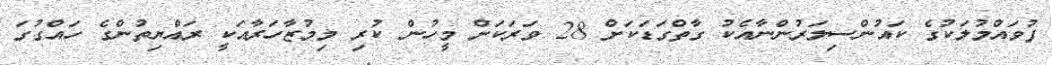
ފުވައްމުލަކުގެ ކައުންސިލަރުންނާއެކު ގާތްގަޑަކަށް 28 ވަރަކަށް މީހުން ކުރި މިމުޒާހަރާއަކީ ރައްޔިތުންގެ ހައްގުގަ